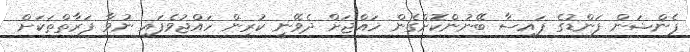
ޕެންޝަން ފަންޑުގެ ފައިސާ ބޭނުންކޮށްގެން ހައްޖަށް ދެވޭނީ ކުރިން ހައްޖުވެފައި ނުވާ ފަރާތްތަކަށް